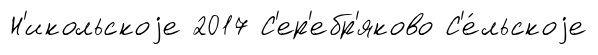
Н'икольскоjе 2017 С'ер'ебр'яково С'е́льскоjе